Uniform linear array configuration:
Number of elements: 12
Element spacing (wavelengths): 0.5
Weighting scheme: kaiser
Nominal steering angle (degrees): -30
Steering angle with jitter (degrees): -30.926
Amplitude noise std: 0.05
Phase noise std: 0.05

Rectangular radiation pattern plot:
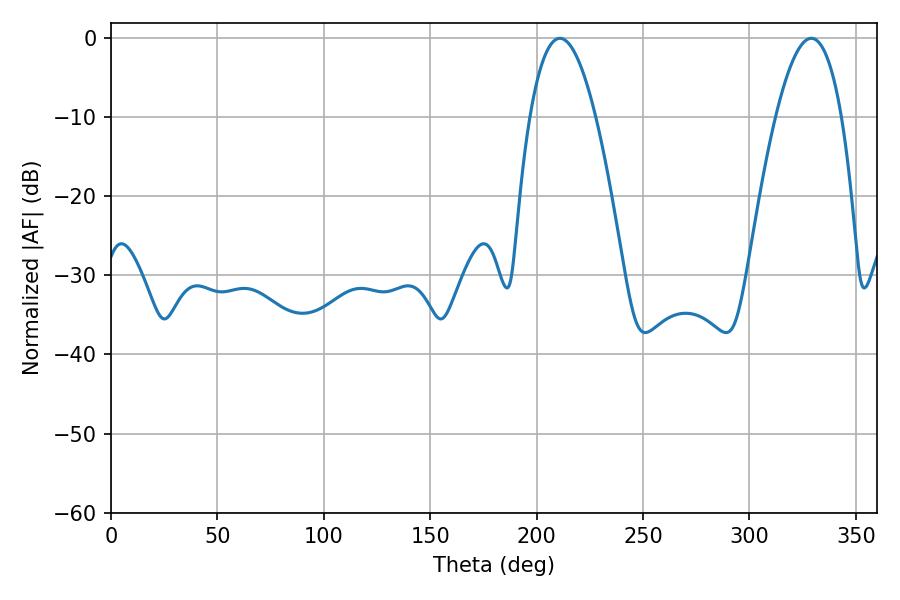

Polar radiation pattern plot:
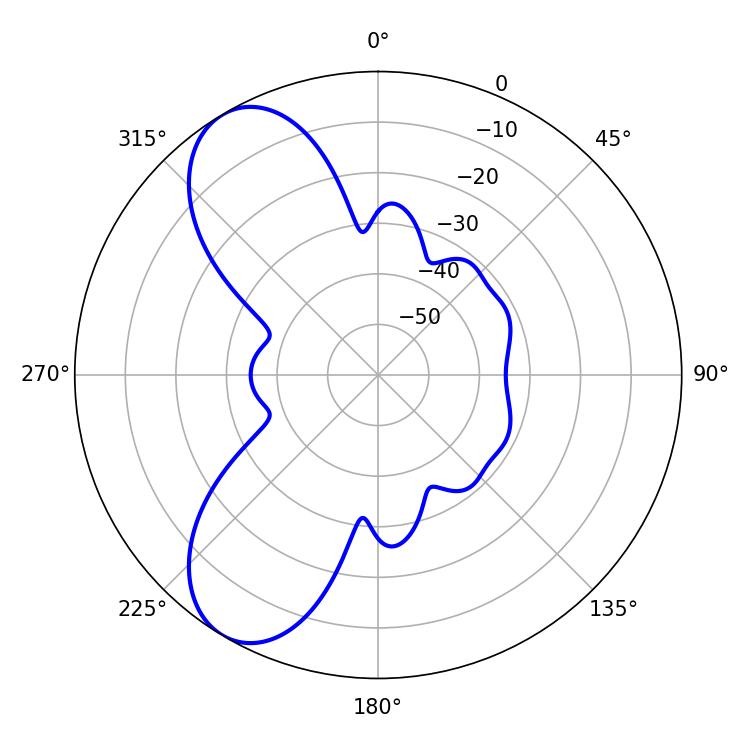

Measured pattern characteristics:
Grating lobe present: FALSE
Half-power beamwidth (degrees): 16.92
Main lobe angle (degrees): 210.96